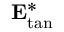
\mathbf { E } _ { \mathrm { t a n } } ^ { * }